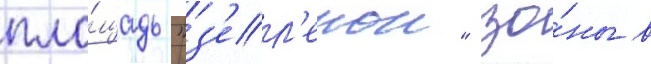
пло́щадь "з'ел'енои" зо́ны в